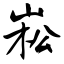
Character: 崧